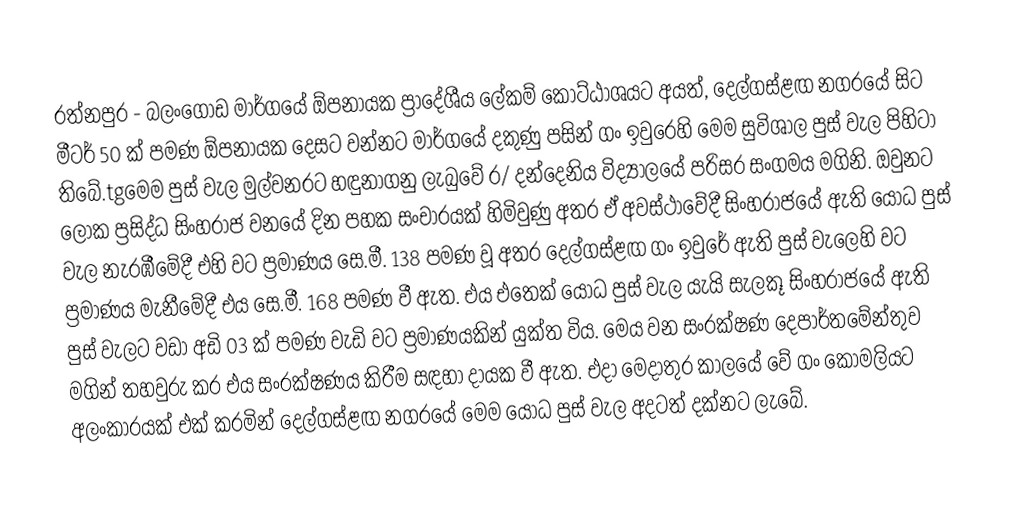
රත්නපුර - බලංගොඩ මාර්ගයේ ඕපනායක ප්‍රාදේශීය ලේකම් කොට්ඨාශයට අයත්,  දෙල්ගස්ළඟ නගරයේ සිට මීටර් 50 ක් පමණ ඕපනායක දෙසට වන්නට මාර්ගයේ දකුණු පසින්  ගං ඉවුරෙහි මෙම සුවිශාල පුස් වැල පිහිටා තිබේ.tgමෙම පුස් වැල මුල්වනරට හඳුනාගනු ලැබුවේ ර/ දන්දෙනිය විද්‍යාලයේ පරිසර සංගමය මගිනි. ඔවුනට ලෝක ප්‍රසිද්ධ සිංහරාජ වනයේ දින පහක සංචාරයක් හිමිවුණු අතර ඒ අවස්ථාවේදී සිංහරාජයේ ඇති යෝධ පුස් වැල නැරඹීමේදී එහි වට ප්‍රමාණය සෙ.මී. 138 පමණ වූ අතර දෙල්ගස්ළඟ  ගං ඉවුරේ ඇති පුස් වැලෙහි වට ප්‍රමාණය මැනීමේදී එය සෙ.මී. 168 පමණ වී ඇත. එය එතෙක් යෝධ පුස් වැල යැයි සැලකූ සිංහරාජයේ ඇති පුස් වැලට වඩා අඩි 03 ක් පමණ වැඩි වට ප්‍රමාණයකින් යුක්ත විය. මෙය වන සංරක්ෂණ දෙපාර්තමේන්තුව මගින් තහවුරු කර එය සංරක්ෂණය කිරීම සඳහා දායක වී ඇත. එදා මෙදාතුර කාලයේ වේ ගං කොමලියට අලංකාරයක් එක් කරමින් දෙල්ගස්ළඟ නගරයේ මෙම යෝධ පුස් වැල අදටත් දක්නට ලැබේ.